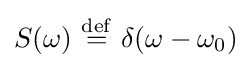
S(\omega )\ {\stackrel {\mathrm {def} }{=}}\ \delta (\omega -\omega _{0})